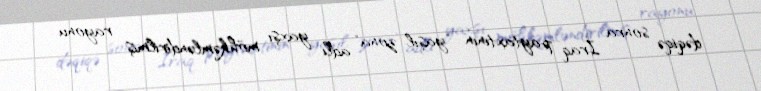
dəqiqə sonra İraq paytaxtının "yaşıl zona" adlı yaxşı möhkəmləndirilmiş rayonu